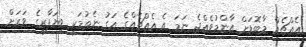
އެއްޗެއް މާބޮޑަށް އާންމުވެއްޖެ ނަމަ އެ އެއްޗެއްގެ އަގު ނެތުމަކީ ވިޔަފާރީގެ ވަރަށް